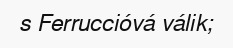
s Ferruccióvá válik;